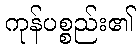
ကုန်ပစ္စည်း၏